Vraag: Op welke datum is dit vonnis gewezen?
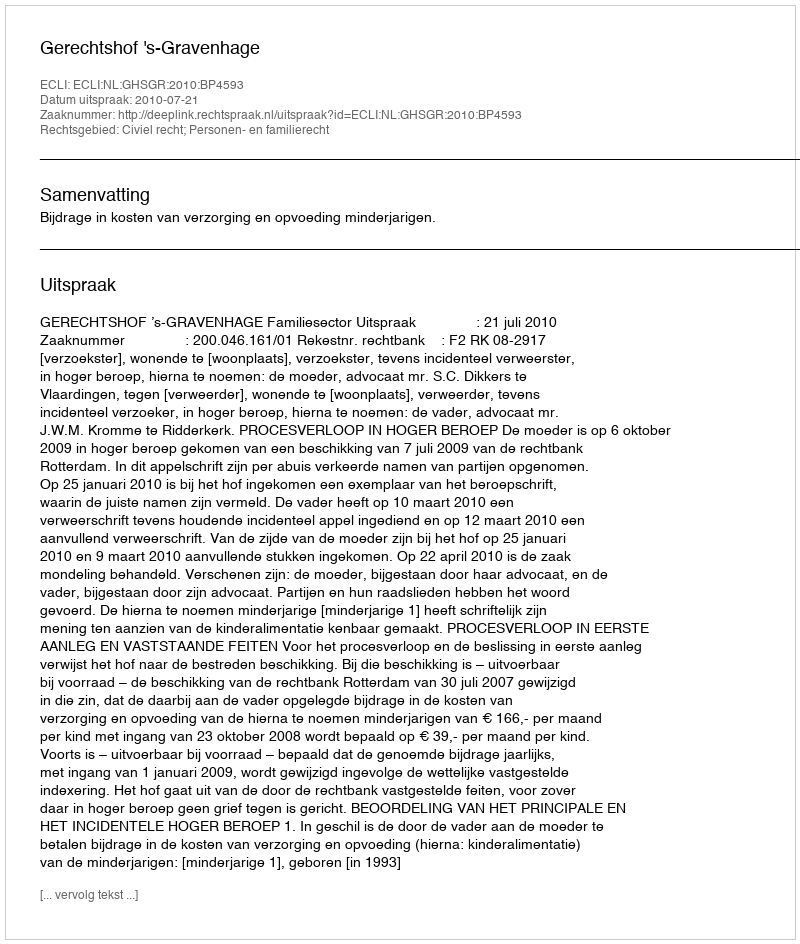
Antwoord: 2010-07-21